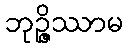
ဘုဉ္ဇိဿာမ